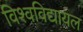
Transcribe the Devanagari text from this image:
विश्‍वविद्यायल